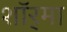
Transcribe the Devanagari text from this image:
शॉर्‌मा